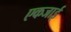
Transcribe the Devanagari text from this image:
एकजाई